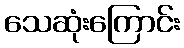
သေဆုံးကြောင်း